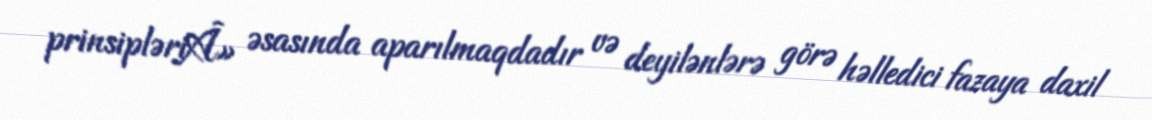
prinsipləriÂ» əsasında aparılmaqdadır və deyilənlərə görə həlledici fazaya daxil